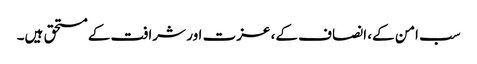
سب امن کے، انصاف کے، عزت اور شرافت کے مستحق ہیں۔